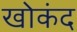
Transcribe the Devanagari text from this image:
खोकंद